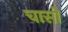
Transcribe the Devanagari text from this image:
चासो